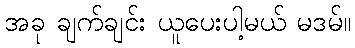
အခု ချက်ချင်း ယူပေးပါ့မယ် မဒမ်။